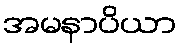
အမနာပိယာ